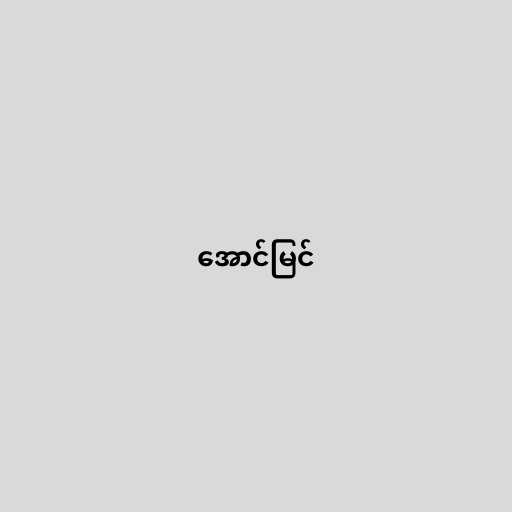
အောင်မြင်